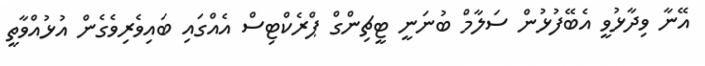
އޭނާ ވިދާޅުވީ އެބޭފުޅުން ސަލާމް ބުނަނީ ޓީޗިންގް ޕްރެކްޓިސް އެއްގައި ބައިވެރިވެގެން އުޅުއްވާތީ